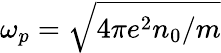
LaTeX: \omega_{p}=\sqrt{4\pi e^{2}n_{0}/m}